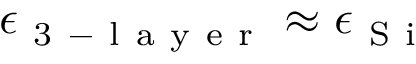
\epsilon _ { \mathrm { ~ 3 ~ - ~ l ~ a ~ y ~ e ~ r ~ } } \approx \epsilon _ { \mathrm { ~ S ~ i ~ } }